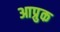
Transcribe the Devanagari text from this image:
आप्रुक